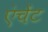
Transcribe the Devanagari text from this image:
एंचेंट